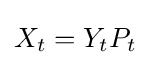
X_{t}=Y_{t}P_{t}